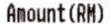
AMOUNT(RM)